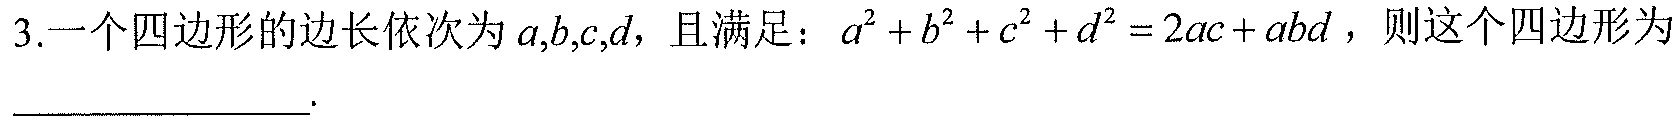
3.一个四边形的边长依次为\(a,b,c,d\)，且满足：\(a^{2}+b^{2}+c^{2}+d^{2}=2ac + abd\)，则这个四边形为_________.